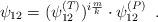
LaTeX: \begin{align*}\psi_{12}=(\psi_{12}^{(T)})^{i\frac{m}{k}}\cdot\psi_{12}^{(P)}\;\;.\end{align*}